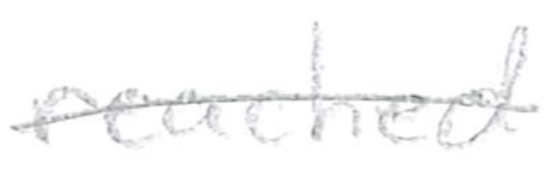
Text: reached
Cross-out: single-line
Writing tool: pencil